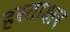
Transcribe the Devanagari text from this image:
हस्‍ताक्षर